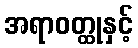
အရာဝတ္ထုနှင့်